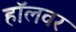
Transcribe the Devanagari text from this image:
हॉलवर